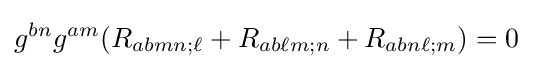
g^{bn}g^{am}(R_{abmn;\ell }+R_{ab\ell m;n}+R_{abn\ell ;m})=0